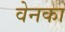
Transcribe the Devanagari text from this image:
वेनका